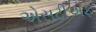
એસટીએફ